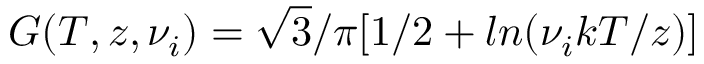
G ( T , z , \nu _ { i } ) = \sqrt 3 / \pi [ 1 / 2 + l n ( \nu _ { i } k T / z ) ]